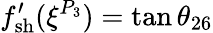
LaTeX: f_{\mathrm{{sh}}}^{\prime}(\xi^{P_{3}})=\tan\theta_{26}